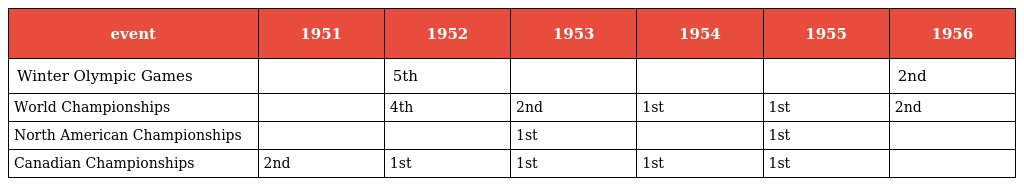
| event | 1951 | 1952 | 1953 | 1954 | 1955 | 1956 |
 | --- | --- | --- | --- | --- | --- | --- |
 | Winter Olympic Games |  | 5th |  |  |  | 2nd |
 | World Championships |  | 4th | 2nd | 1st | 1st | 2nd |
 | North American Championships |  |  | 1st |  | 1st |  |
 | Canadian Championships | 2nd | 1st | 1st | 1st | 1st |  |